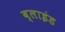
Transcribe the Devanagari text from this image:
ब्‍लाइंड